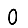
Digit: 0